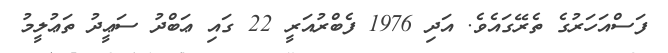
ފަސްއަހަރުގެ ތެރޭގައެވެ. އަދި 1976 ފެބްރުއަރީ 22 ގައި ޢަބްދު ސަޢީދު ތަޢުލީމު